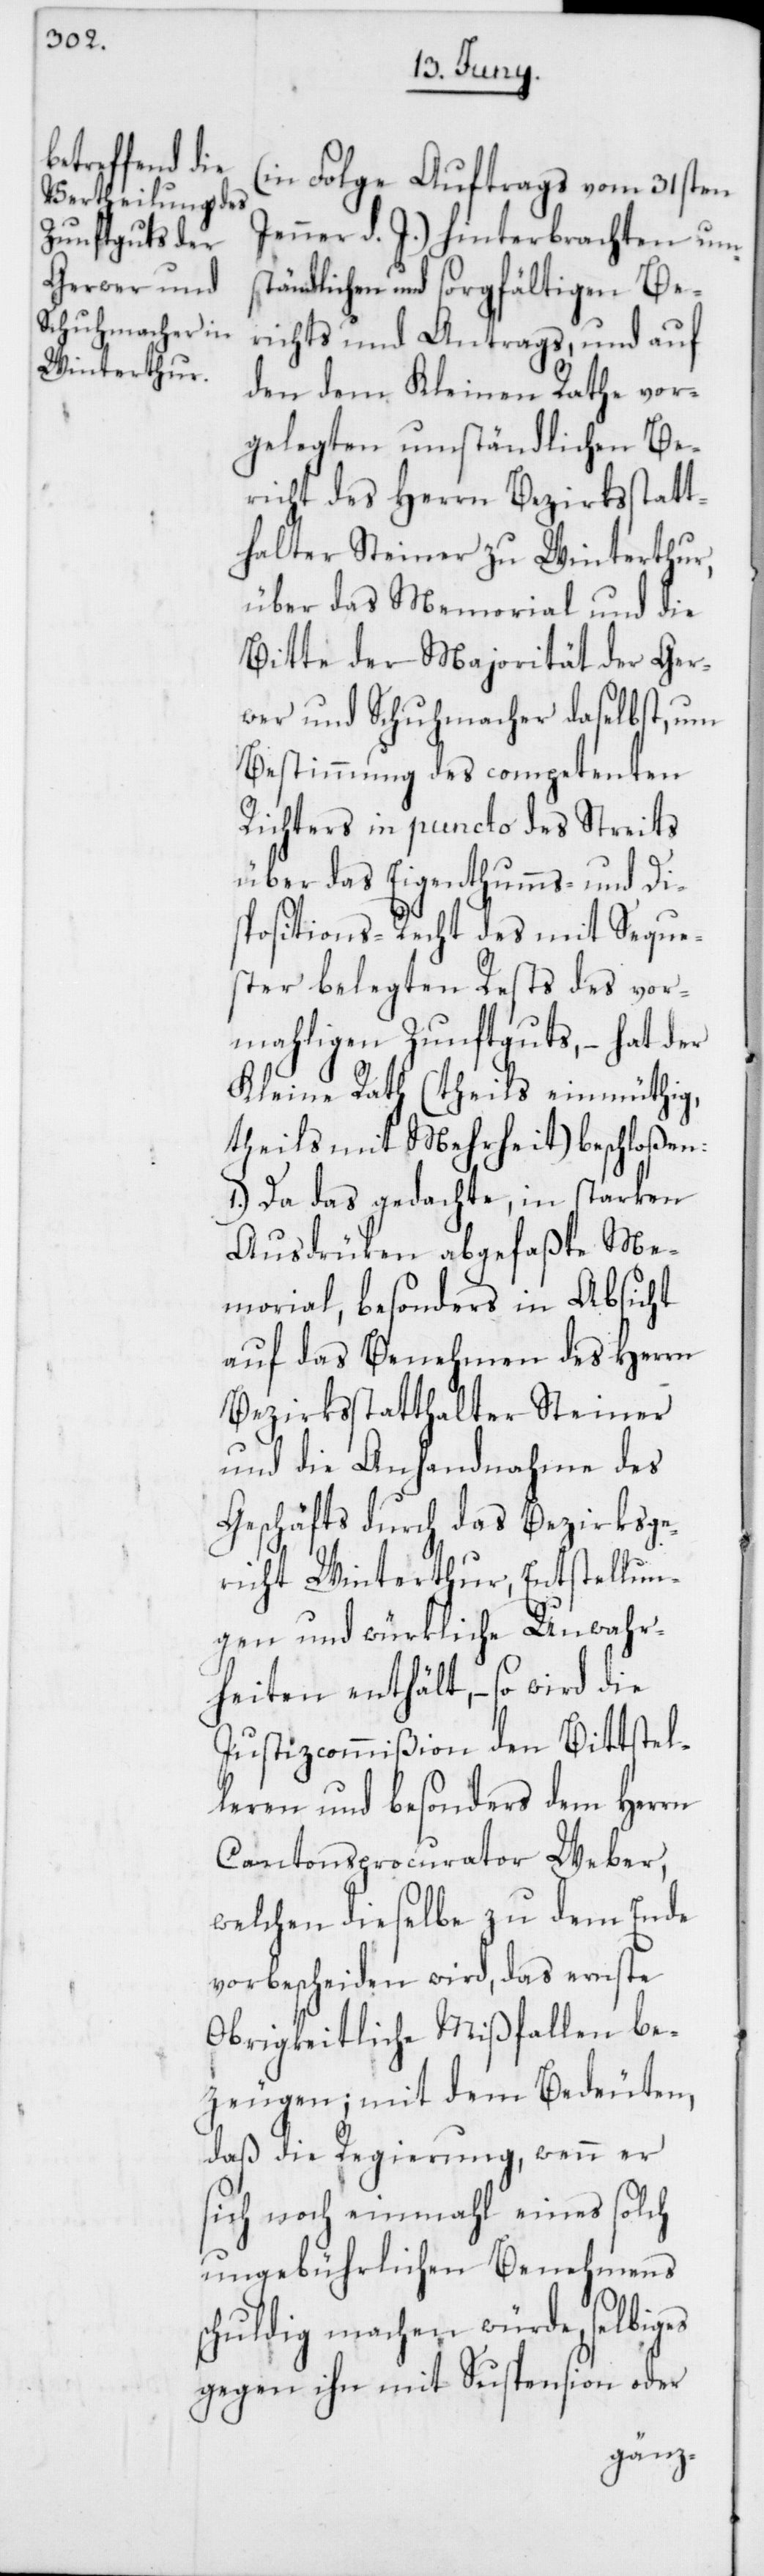
(in Folge Auftrags vom 31sten
Jenner d. J.) hinterbrachten ums¬
tändlichen und sorgfältigen Be¬
richts und Antrags, und auf
den dem Kleinen Rathe vor¬
gelegten umständlichen Be¬
richt des Herrn Bezirksstatt¬
halter Steiner zu Winterthur,
über das Memorial und die
Bitte der Majorität der Ger¬
wer und Schuhmacher daselbst, um
Bestimmung des competenten
Richters in puncto des Streits
über das Eigenthumms- und Di¬
spositions-Recht des mit Seque¬
ster belegten Rests des vor¬
mahligen Zunftguts, – hat der
Kleine Rath (theils einmüthig,
theils mit Mehrheit) beschloßen:
1.) Da das gedachte, in starken
Ausdrüken abgefaßte Me¬
morial, besonders in Absicht
auf das Benehmen des Herrn
Bezirksstatthalter Steiner
und die Anhandnahme des
Geschäfts durch das Bezirksge¬
richt Winterthur, Entstellun¬
gen und würkliche Unwahr¬
heiten enthält, – so wird die
Justizcommißion den Bittstel¬
leren und besonders dem Herrn
Cantonsprocurator Weber,
welchen dieselbe zu dem Ende
vorbescheiden wird, das ernste
Obrigkeitliche Mißfallen be¬
zeugen; mit dem Bedeuten,
daß die Regierung, wenn er
sich noch einmahl eines solch
ungebührlichen Benehmens
schuldig machen würde, selbiges
gegen ihn mit Suspension oder